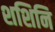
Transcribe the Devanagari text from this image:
शशिनि